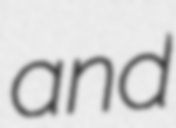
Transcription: and